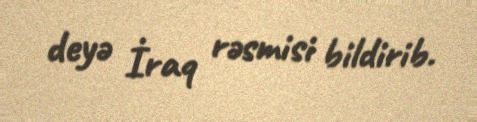
deyə İraq rəsmisi bildirib.